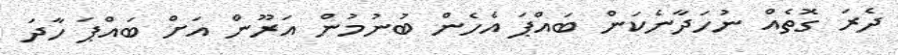
ދެރަ ގޮތެއް ނުހަދާނެކަން ބައްޕަ އެހެން ބުނުމުން އަރޫން އަށް ބައްޕަ ހާދަ